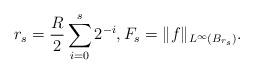
LaTeX: \begin{align*} r_s = \frac{R}{2} \sum_{i=0}^{s} 2^{-i}, F_s = \|f\|_{L^\infty(B_{r_s})}. \end{align*}